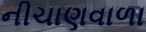
નીચાણવાળા